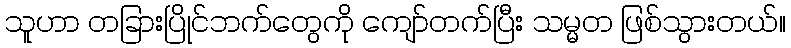
သူဟာ တခြားပြိုင်ဘက်တွေကို ကျော်တက်ပြီး သမ္မတ ဖြစ်သွားတယ်။